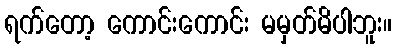
ရက်တော့ ကောင်းကောင်း မမှတ်မိပါဘူး။